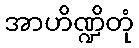
အာဟိဏ္ဍိတုံ